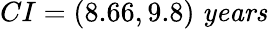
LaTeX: CI=(8.66,9.8)\; \textrm{\textit{years}}